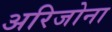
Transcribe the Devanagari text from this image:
अरिजोना